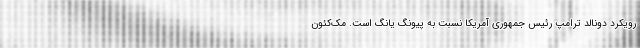
رویکرد دونالد ترامپ رئیس جمهوری آمریکا نسبت به پیونگ یانگ است. مک‌کئون